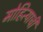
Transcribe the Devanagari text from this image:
मोहित्याची